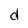
Character: d